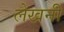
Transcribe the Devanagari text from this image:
लेखनीं